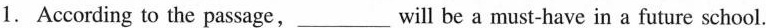
1.According to the passage,___will be a must-have in a future school.